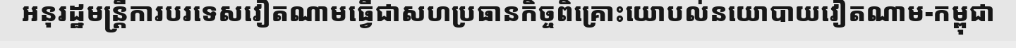
អនុរដ្ឋមន្ត្រីការបរទេសវៀតណាមធ្វើជាសហប្រធានកិច្ចពិគ្រោះយោបល់នយោបាយវៀតណាម-កម្ពុជា